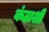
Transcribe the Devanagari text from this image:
कंठाशी